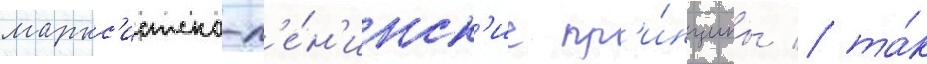
маркс'истско-л'е́н'инск'ие пр'и́нципы / та́к